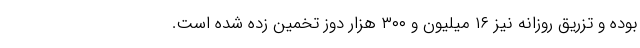
بوده و تزریق روزانه نیز ۱۶ میلیون و ۳۰۰ هزار دوز تخمین زده شده است.